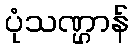
ပုံသဏ္ဌာန်